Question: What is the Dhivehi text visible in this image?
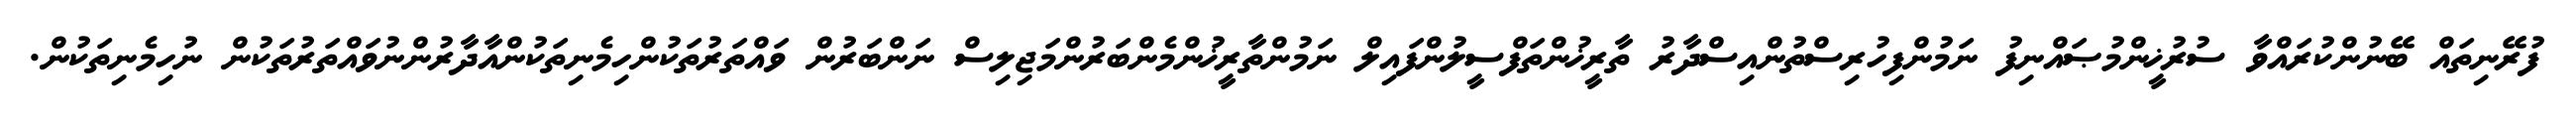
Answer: ފުރޭނިތައް ބޭނުންކުރައްވާ ސުރުޚީންމުޞައްނިފު ނަމުންފިހުރިސްތުންއިސްދާރު ތާރީޚުންތަފްސީލުންފައިލް ނަމުންތާރީޚުންމެންބަރުންމަޖިލިސް ނަންބަރުން ވައްތަރުތަކުންހިމެނިތަކުންއާދާރުންނުވައްތަރުތަކުން ނުހިމެނިތަކުން.